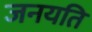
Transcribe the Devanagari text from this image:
जनयति